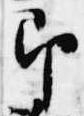
即